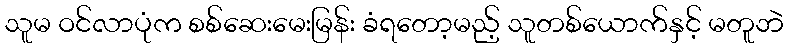
သူမ ဝင်လာပုံက စစ်ဆေးမေးမြန်း ခံရတော့မည့် သူတစ်ယောက်နှင့် မတူဘဲ